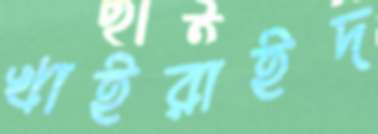
খাইরাইদ